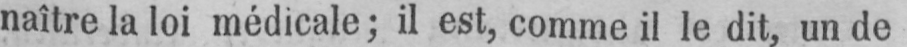
naître la loi médicale; il est, comme il le dit, un de